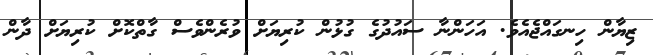
ޒިޔާން ހިނގައްޖެއެވެ. އަހަންނާ ސައުދުގެ ގުޅުން ކުރިޔަށް ވުރެންވެސް ގާތްކޮށް ކުރިޔަށް ދާން